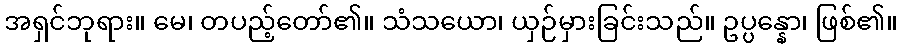
အရှင်ဘုရား။ မေ၊ တပည့်တော်၏။ သံသယော၊ ယှဉ်မှားခြင်းသည်။ ဥပ္ပန္နော၊ ဖြစ်၏။